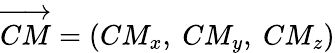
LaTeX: \overrightarrow{CM}=(CM_{x},~CM_{y},~CM_{z})